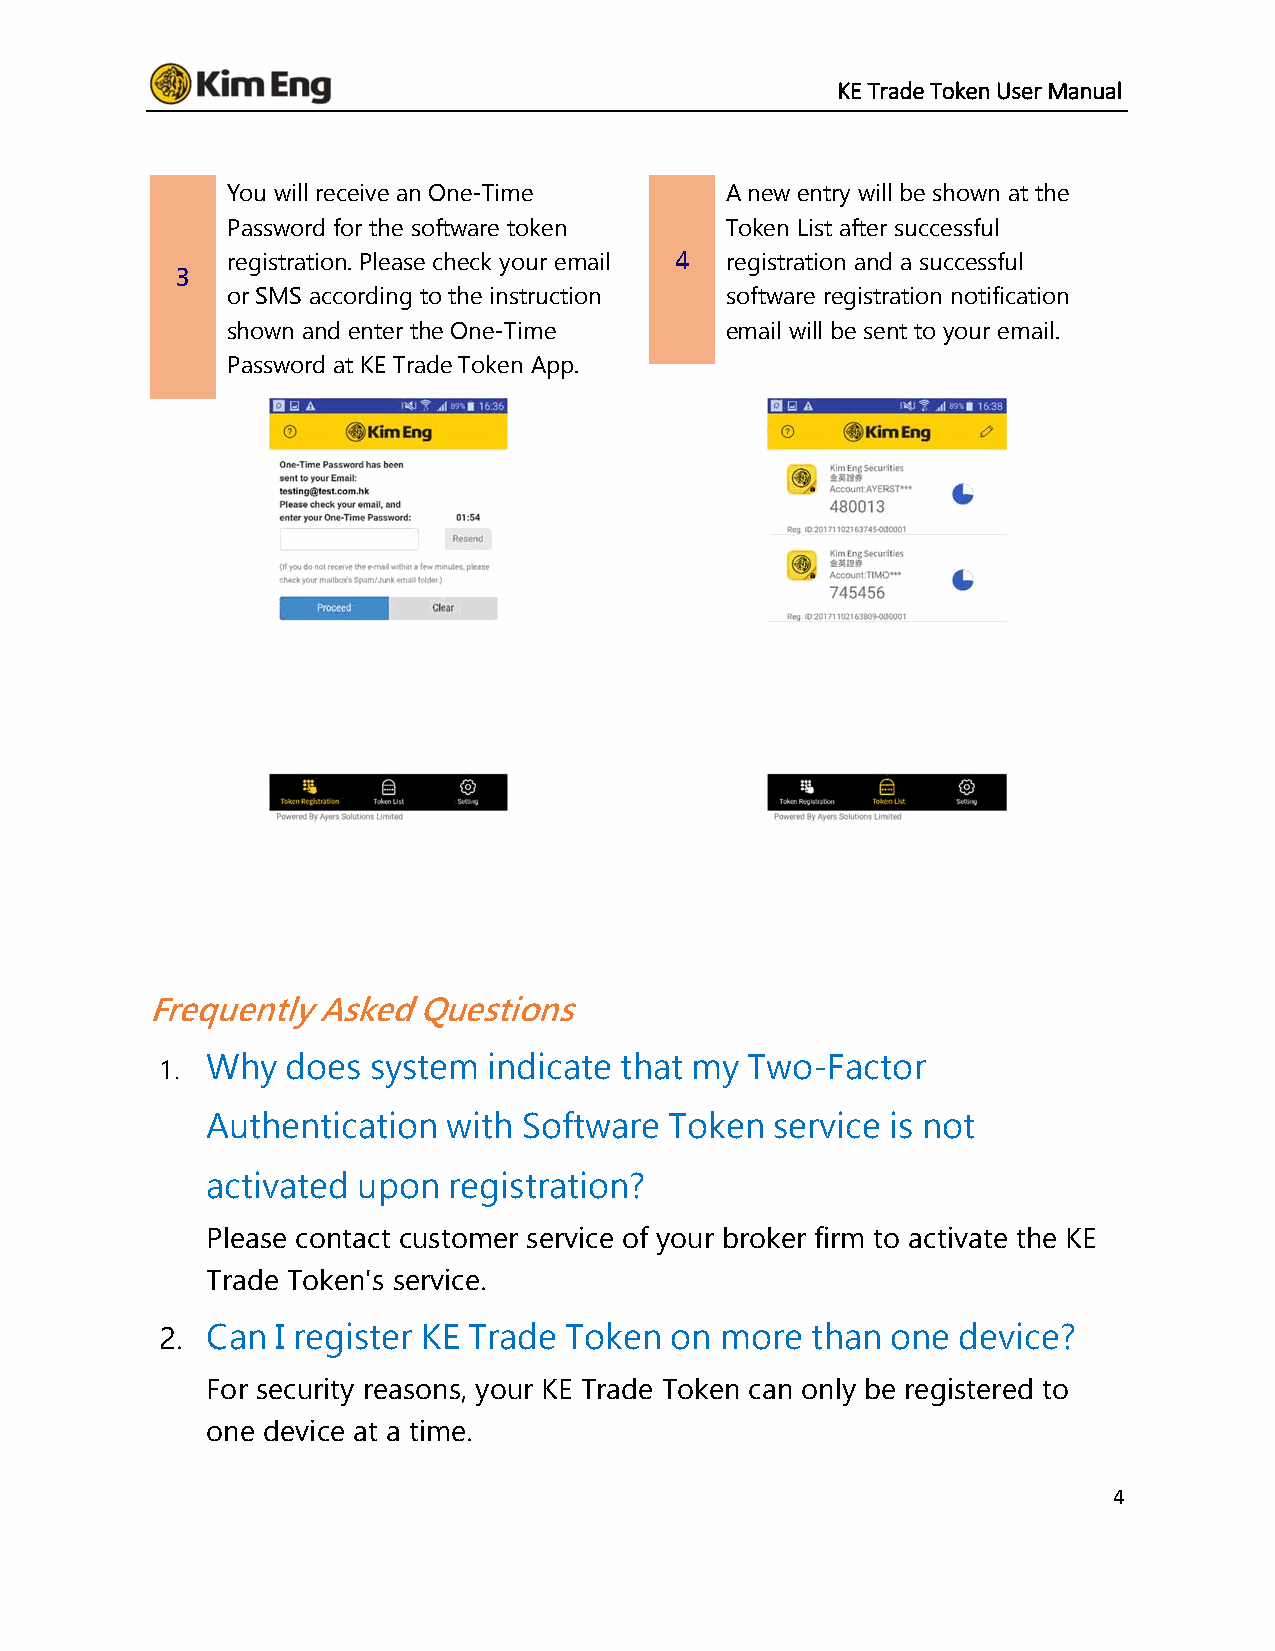
KE Trade Token User Manual
 You will receive an One-Time     A new entry will be shown at the
 Password for the software token  Token List after successful
 registration. Please check your email 4 registration and a successful
 3
 or SMS according to the instruction software registration notification
 shown and enter the One-Time     email will be sent to your email.
 Password at KE Trade Token App.
 Frequently Asked  Questions
 1. Why  does system  indicate that my  Two-Factor
 Authentication  with Software Token  service is not
 activated upon  registration?
 Please contact customer service of your broker firm to activate the KE
 Trade Token's service.
 2. Can I register KE Trade Token on  more  than one device?
 For security reasons, your KE Trade Token can only be registered to
 one device at a time.
 4